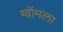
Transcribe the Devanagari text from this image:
ग्वॉमला